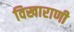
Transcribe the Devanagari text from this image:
विखाराणी